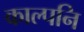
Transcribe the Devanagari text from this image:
काल्पनि